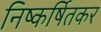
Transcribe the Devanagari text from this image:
निष्कर्षितकर